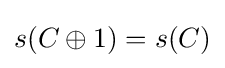
s(C\oplus 1)=s(C)